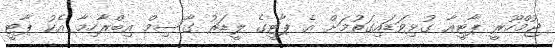
ޖުމްހޫރީ ޕާޓީއާ ގުޅިވަޑައިގަތުމަށް އެ ޕާޓީގެ ލީޑަރު ގާސިމް އިބްރާހިމާ އެކު ޕާޓީ